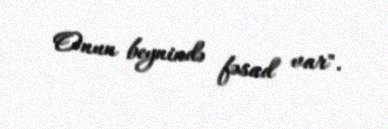
Onun beynində fəsad var".